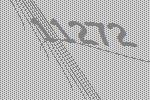
11272